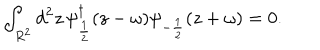
\int _ { R ^ { 2 } } d ^ { 2 } z \, \psi _ { \frac { 1 } { 2 } } ^ { \dagger } ( z - \omega ) \psi _ { - \frac { 1 } { 2 } } ( z + \omega ) = 0 .